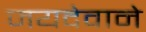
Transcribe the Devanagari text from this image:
जयदेवाने